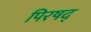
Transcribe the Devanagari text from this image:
पिरषद्